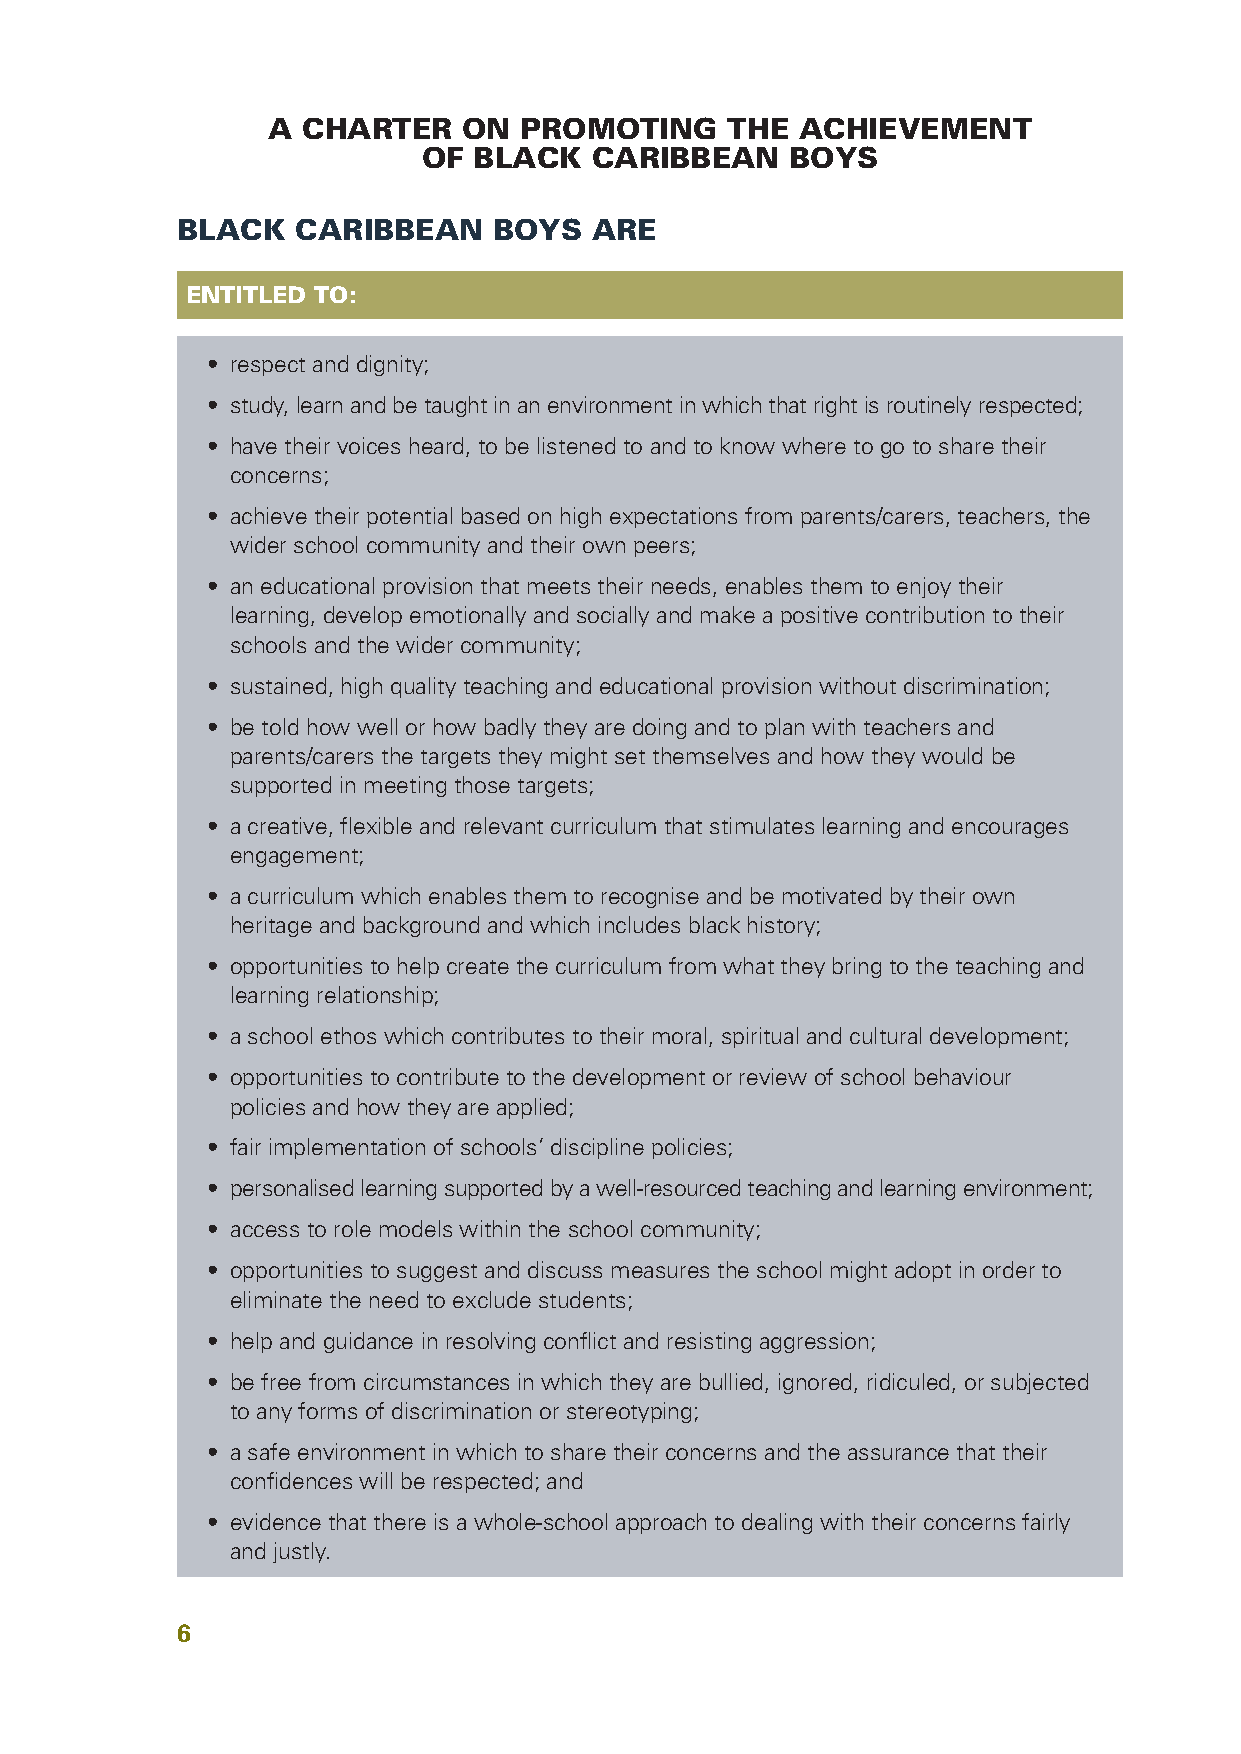
A CHARTER    ON PROMOTING     THE  ACHIEVEMENT
 OF BLACK   CARIBBEAN    BOYS
 BLACK   CARIBBEAN    BOYS  ARE
 ENTITLED TO:
 • respect and dignity;
 • study,learnandbetaughtinanenvironmentinwhichthatrightisroutinelyrespected;
 • have their voices heard, to be listened to and to know where to go to share their
 concerns;
 • achieve their potential based on high expectations from parents/carers, teachers, the
 wider school community and their own peers;
 • an educational provision that meets their needs, enables them to enjoy their
 learning, develop emotionally and socially and make a positive contribution to their
 schools and the wider community;
 • sustained, high quality teaching and educational provision without discrimination;
 • be told how well or how badly they are doing and to plan with teachers and
 parents/carers the targets they might set themselves and how they would be
 supported in meeting those targets;
 • a creative, flexible and relevant curriculum that stimulates learning and encourages
 engagement;
 • a curriculum which enables them to recognise and be motivated by their own
 heritage and background and which includes black history;
 • opportunities to help create the curriculum from what they bring to the teaching and
 learning relationship;
 • a school ethos which contributes to their moral, spiritual and cultural development;
 • opportunities to contribute to the development or review of school behaviour
 policies and how they are applied;
 • fair implementation of schools’ discipline policies;
 • personalisedlearningsupportedbyawell-resourcedteachingandlearningenvironment;
 • access to role models within the school community;
 • opportunities to suggest and discuss measures the school might adopt in order to
 eliminate the need to exclude students;
 • help and guidance in resolving conflict and resisting aggression;
 • be free from circumstances in which they are bullied, ignored, ridiculed, or subjected
 to any forms of discrimination or stereotyping;
 • a safe environment in which to share their concerns and the assurance that their
 confidences will be respected; and
 • evidence that there is a whole-school approach to dealing with their concerns fairly
 and justly.
 6